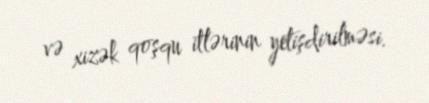
və xizək qoşqu itlərinin yetişdirilməsi.